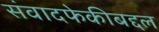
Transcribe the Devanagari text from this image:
संवादफेकीबद्दल